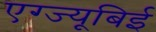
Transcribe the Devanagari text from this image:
एग्ज्यूबिई